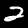
Digit: 2